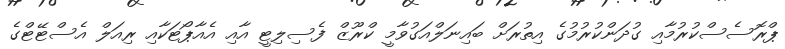
ޕްރޮސެސްކުރުމާއި ގުދަންކުރުމުގެ އިތުރަށް ބައިނަލްއަގުވާމީ ކްރޫޒް ފެސިލިޓީ އާއި އެއާޕޯޓަކާއި ރިއަލް އެސްޓޭޓްގެ